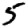
Digit: 5